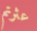
عثرتم